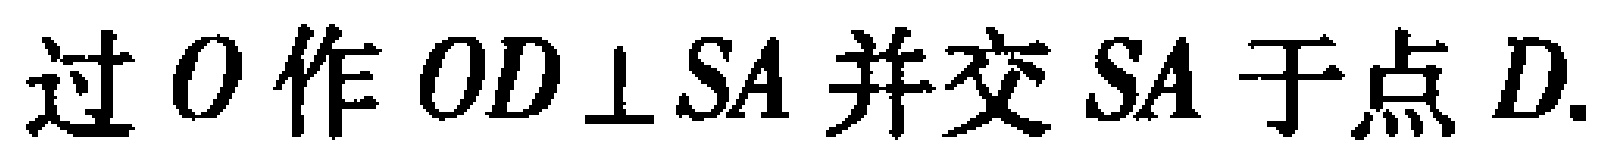
过\(O\)作\(OD \perp SA\)并交\(SA\)于点\(D\).